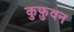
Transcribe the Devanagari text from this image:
कुफ़ुवन